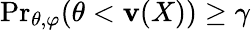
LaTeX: {\operatorname*{Pr}}_{\theta,\varphi}(\theta<\mathbf{v}(X))\geq\gamma